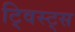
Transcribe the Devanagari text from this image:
ट्विस्ट्स